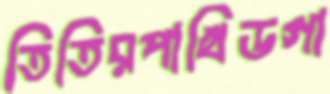
তিতিরপাখিডগা